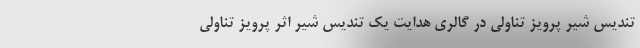
تندیس شیر پرویز تناولی در گالری هدایت یک تندیس شیر اثر پرویز تناولی